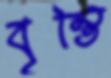
বৃন্তি